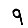
Digit: 9